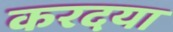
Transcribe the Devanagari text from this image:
करदया